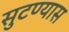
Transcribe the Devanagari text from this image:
सुटण्यास